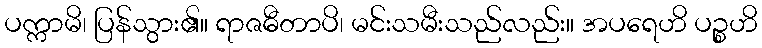
ပက္ကာမိ၊ ပြန်သွား၏။ ရာဇဓီတာပိ၊ မင်းသမီးသည်လည်း။ အပရေဟိ ပဉ္စဟိ